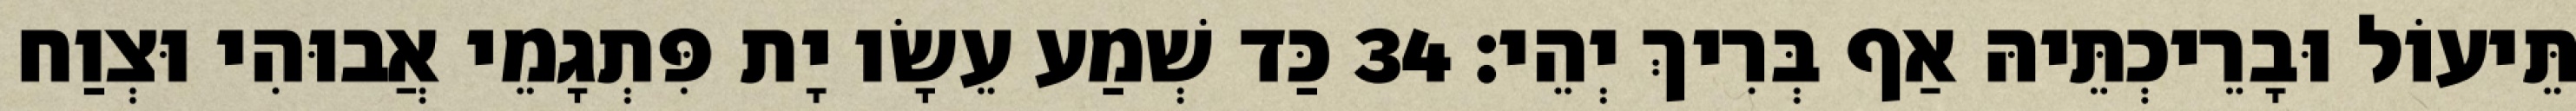
תֵּיעוֹל וּבָרֵיכְתֵּיהּ אַף בְּרִיךְ יְהֵי׃ 34 כַּד שְׁמַע עֵשָׂו יָת פִּתְגָמֵי אֲבוּהִי וּצְוַח